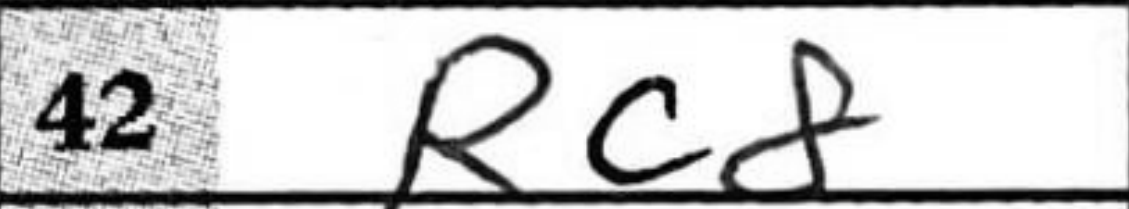
Transcription: Rc8